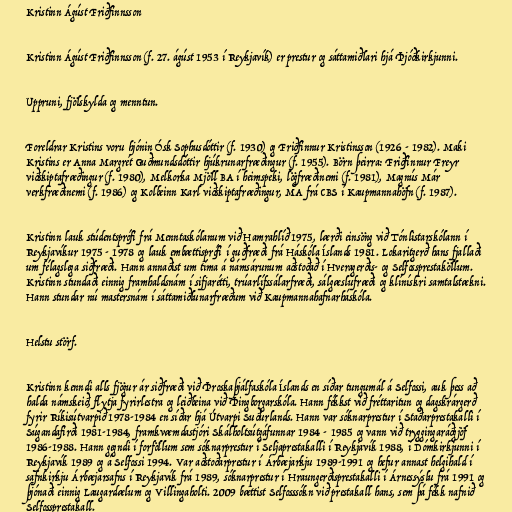
Kristinn Ágúst Friðfinnsson

Kristinn Ágúst Friðfinnsson (f. 27. ágúst 1953 í Reykjavík) er prestur og sáttamiðlari hjá Þjóðkirkjunni.

Uppruni, fjölskylda og menntun.

Foreldrar Kristins voru hjónin Ósk Sophusdóttir (f. 1930) og Friðfinnur Kristinsson (1926 - 1982). Maki
Kristins er Anna Margrét Guðmundsdóttir hjúkrunarfræðingur (f. 1955). Börn þeirra: Friðfinnur Freyr
viðskiptafræðingur (f. 1980), Melkorka Mjöll BA í heimspeki, lögfræðinemi (f. 1981), Magnús Már
verkfræðinemi (f. 1986) og Kolbeinn Karl viðskiptafræðingur, MA frá CBS í Kaupmannahöfn (f. 1987).

Kristinn lauk stúdentsprófi frá Menntaskólanum við Hamrahlíð 1975, lærði einsöng við Tónlistarskólann í
Reykjavíkur 1975 - 1978 og lauk embættisprófi í guðfræði frá Háskóla Íslands 1981. Lokaritgerð hans fjallaði
um félagslega siðfræði. Hann annaðist um tíma á námsárunum aðstoðað í Hveragerðis- og Selfossprestaköllum.
Kristinn stundaði einnig framhaldsnám í sifjarétti, trúarlífssálarfræði, sálgæslufræði og klínískri samtalstækni.
Hann stundar nú mastersnám í sáttamiðlunarfræðum við Kaupmannahafnarháskóla.

Helstu störf.

Kristinn kenndi alls fjögur ár siðfræði við Þroskaþjálfaskóla Íslands en síðar tungumál á Selfossi, auk þess að
halda námskeið, flytja fyrirlestra og leiðbeina við Þingborgarskóla. Hann fékkst við fréttaritun og dagskrárgerð
fyrir Ríkisútvarpið 1978-1984 en síðar hjá Útvarpi Suðurlands. Hann var sóknarprestur í Staðarprestakalli í
Súgandafirði 1981-1984, framkvæmdastjóri Skálholtsútgáfunnar 1984 - 1985 og vann við tryggingaráðgjöf
1986-1988. Hann gegndi í forföllum sem sóknarprestur í Seljaprestakalli í Reykjavík 1988, í Dómkirkjunni í
Reykjavík 1989 og á Selfossi 1994. Var aðstoðarprestur í Árbæjarkju 1989-1991 og hefur annast helgihald í
safnkirkju Árbæjarsafns í Reykjavík frá 1989, sóknarprestur í Hraungerðisprestakalli í Árnessýslu frá 1991 og
þjónaði einnig Laugardælum og Villingaholti. 2009 bættist Selfosssókn við prestakall hans, sem þá fékk nafnið
Selfossprestakall.